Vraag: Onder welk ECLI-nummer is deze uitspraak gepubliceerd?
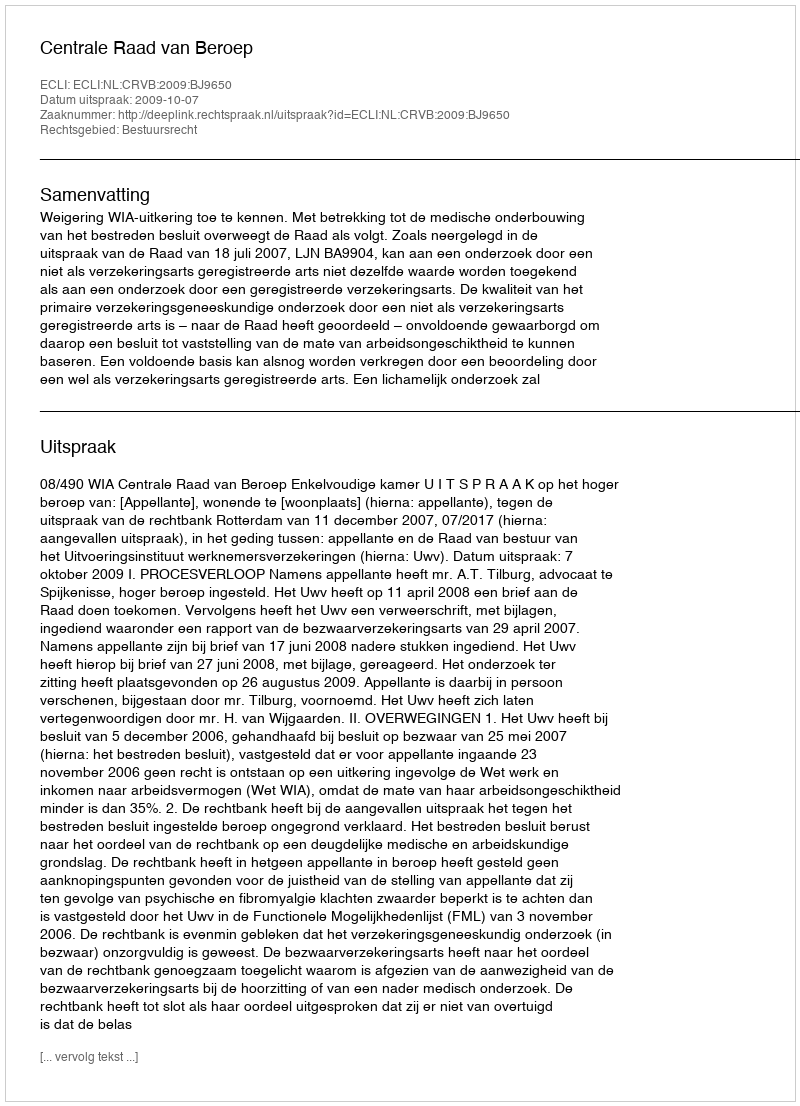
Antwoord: ECLI:NL:CRVB:2009:BJ9650